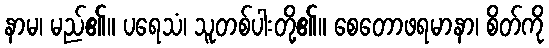
နာမ၊ မည်၏။ ပရေသံ၊ သူတစ်ပါးတို့၏။ စေတောဖရမာနာ၊ စိတ်ကို